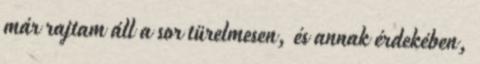
már rajtam áll a sor türelmesen, és annak érdekében,